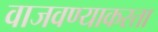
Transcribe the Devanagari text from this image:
वाजवण्याकरता